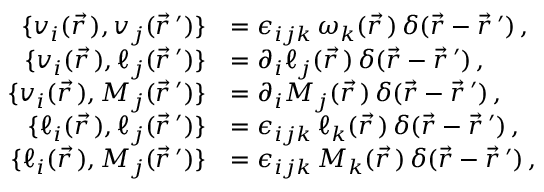
\begin{array} { r l } { \{ v _ { i } ( \vec { r \, } ) , v _ { j } ( \vec { r } \, ^ { \prime } ) \} } & { = \epsilon _ { i j k } \, \omega _ { k } ( \vec { r \, } ) \, \delta ( \vec { r } - \vec { r } \, ^ { \prime } ) \, , } \\ { \{ v _ { i } ( \vec { r \, } ) , \ell _ { j } ( \vec { r } \, ^ { \prime } ) \} } & { = \partial _ { i } \ell _ { j } ( \vec { r \, } ) \, \delta ( \vec { r } - \vec { r } \, ^ { \prime } ) \, , } \\ { \{ v _ { i } ( \vec { r \, } ) , M _ { j } ( \vec { r } \, ^ { \prime } ) \} } & { = \partial _ { i } M _ { j } ( \vec { r \, } ) \, \delta ( \vec { r } - \vec { r } \, ^ { \prime } ) \, , } \\ { \{ \ell _ { i } ( \vec { r \, } ) , \ell _ { j } ( \vec { r } \, ^ { \prime } ) \} } & { = \epsilon _ { i j k } \, \ell _ { k } ( \vec { r \, } ) \, \delta ( \vec { r } - \vec { r } \, ^ { \prime } ) \, , } \\ { \{ \ell _ { i } ( \vec { r \, } ) , M _ { j } ( \vec { r } \, ^ { \prime } ) \} } & { = \epsilon _ { i j k } \, M _ { k } ( \vec { r \, } ) \, \delta ( \vec { r } - \vec { r } \, ^ { \prime } ) \, , } \end{array}